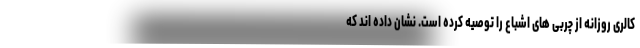
کالری روزانه از چربی های اشباع را توصیه کرده است. نشان داده اند که